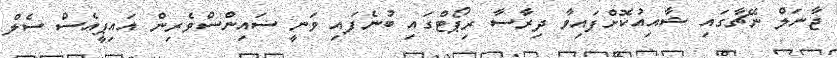
ޖާނަލް ނޭޗާގައި ޝާއިއުކޮށްފައިވާ ދިރާސާ ރިޕޯޓްގައި ބުނެފައި ވަނީ ސައިންސްވެރިން އައިޕީއެސް ސެލް